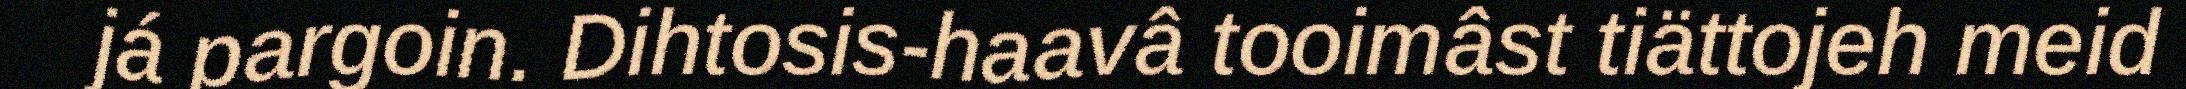
já pargoin. Dihtosis-haavâ tooimâst tiättojeh meid